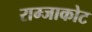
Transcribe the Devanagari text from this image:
राम्जाकोट